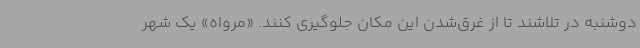
دوشنبه در تلاشند تا از غرق‌شدن این مکان جلوگیری کنند. «مرواه» یک شهر